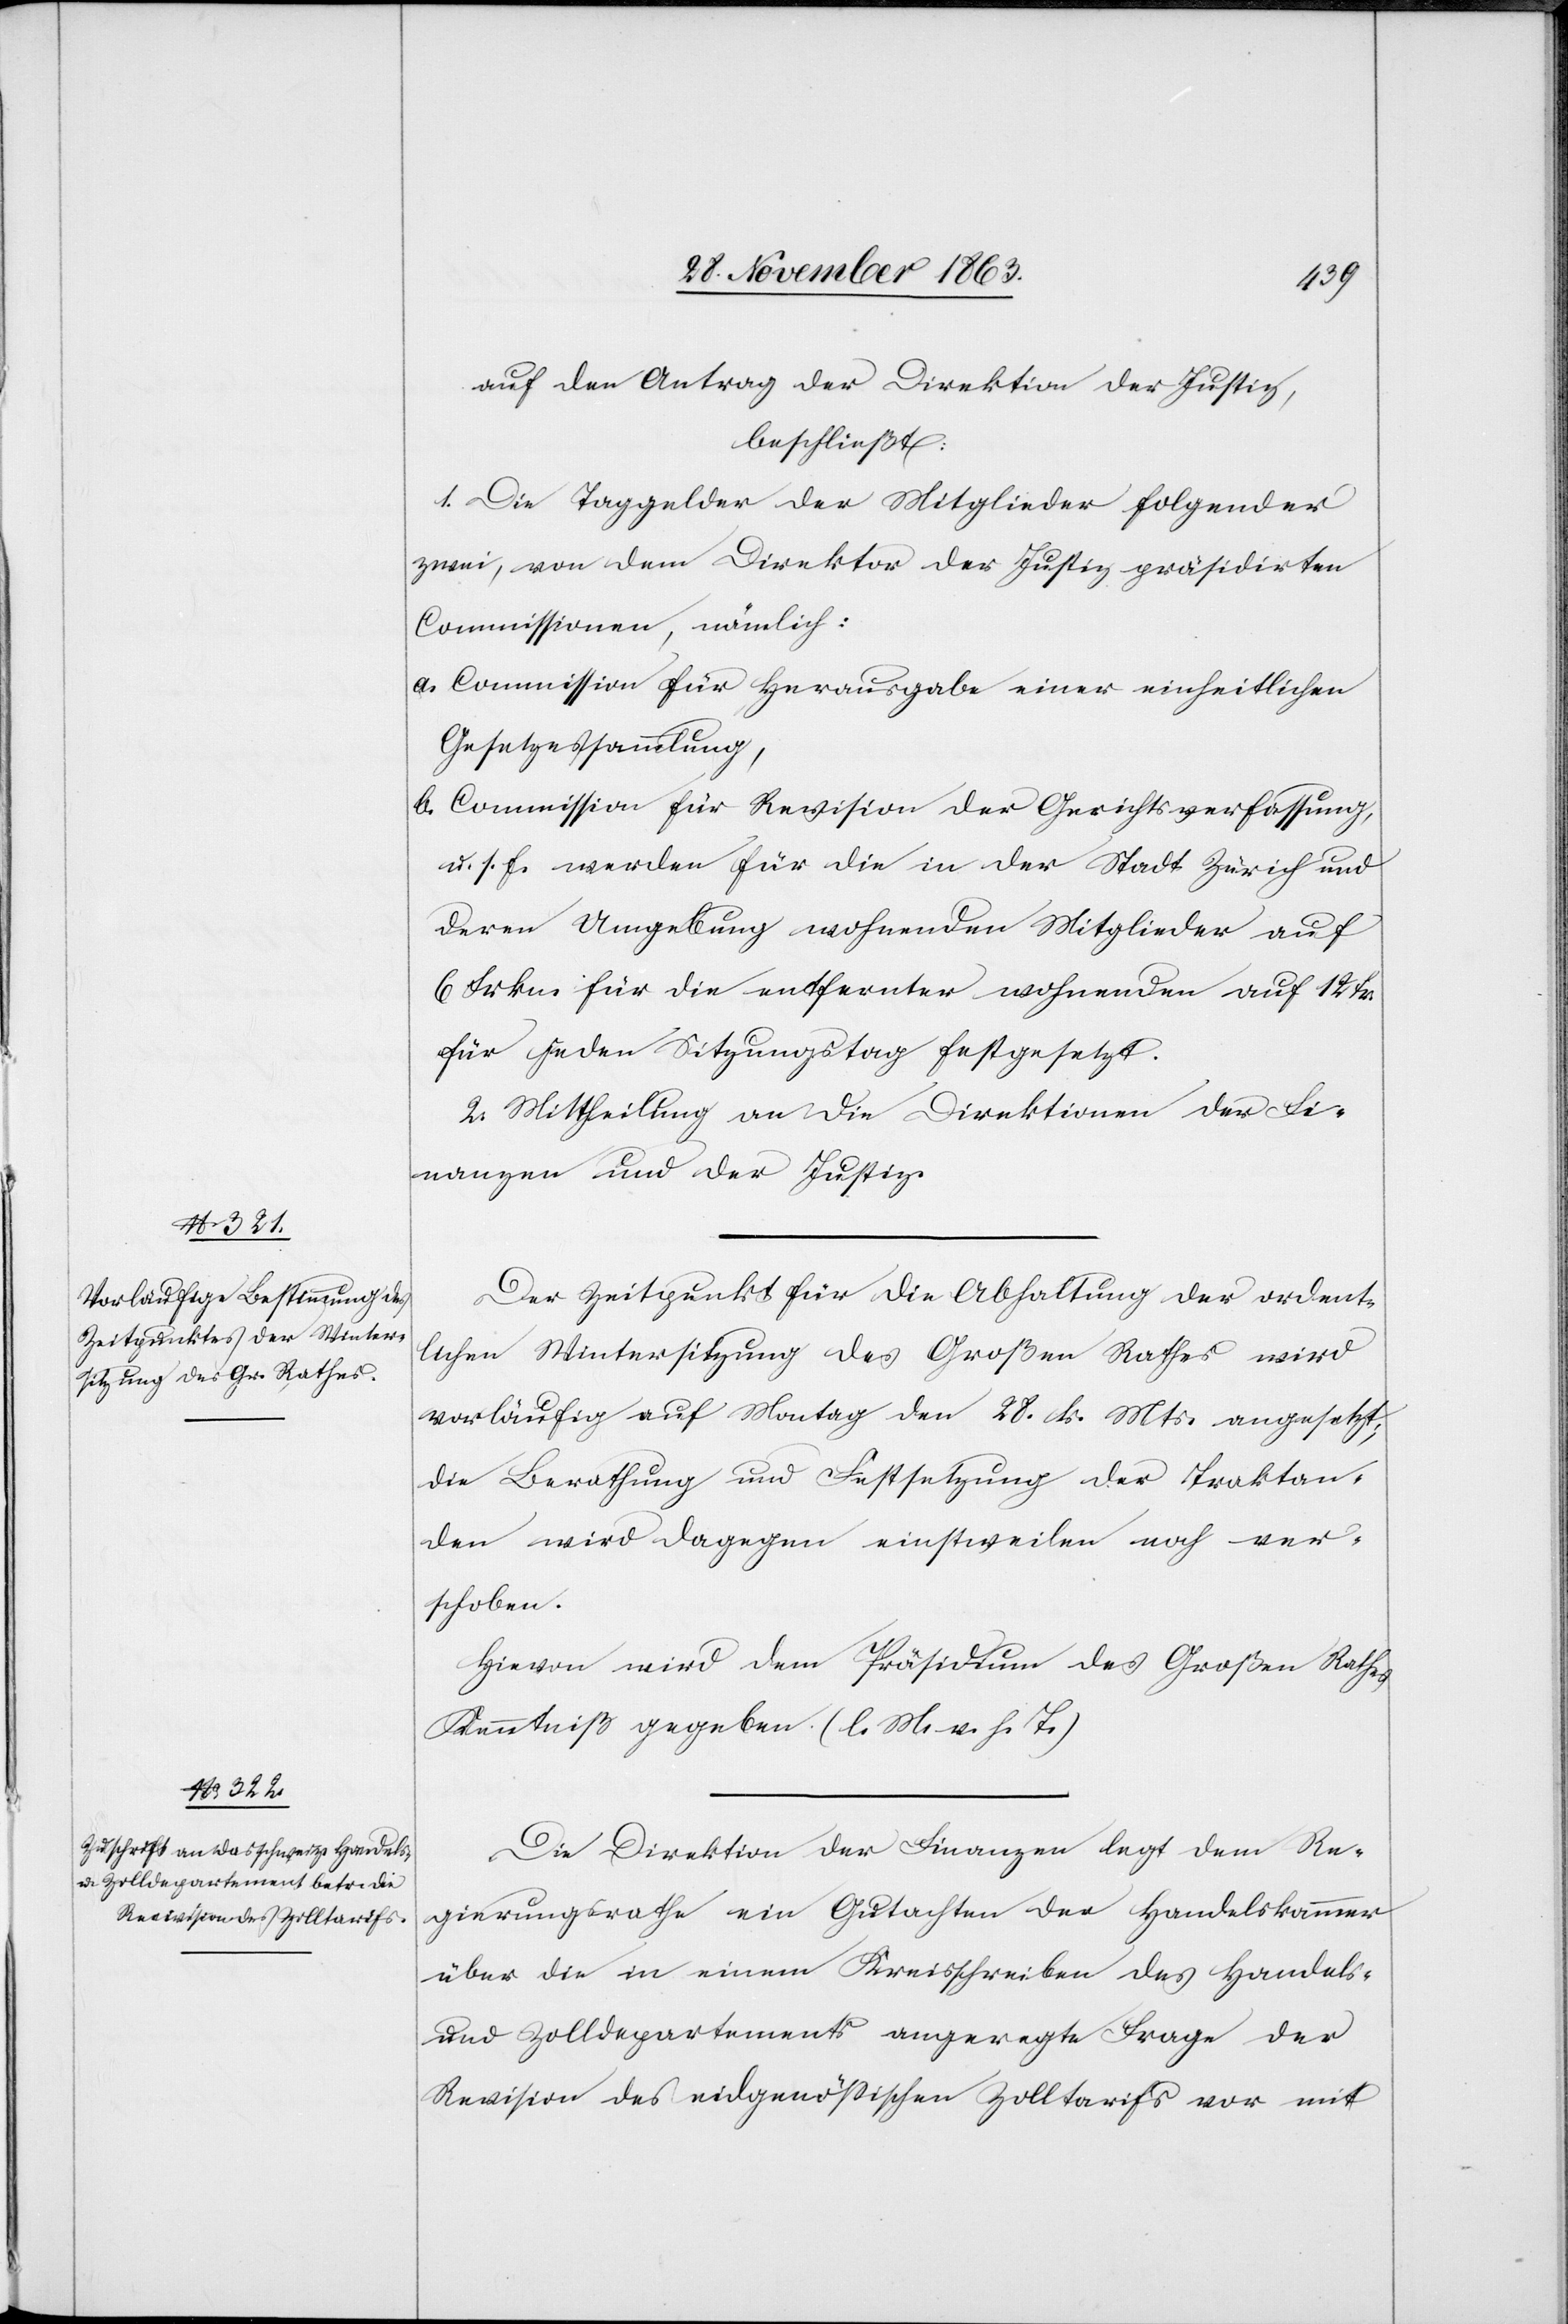
auf den Antrag der Direktion der Justiz,
beschließt:
1. Die Taggelder der Mitglieder folgender
zwei, von dem Direktor der Justiz präsidirten
Commissionen, nämlich:
a. Commission für Herausgabe einer einheitlichen
Gesetzessammlung,
b. Commission für Revision der Gerichtsverfassung,
u. s. f. werden für die in der Stadt Zürich und
deren Umgebung wohnenden Mitglieder auf
6 Frkn. für die entfernter wohnenden auf 12 fr.
für jeden Sitzungstag festgesetzt.
2. Mittheilung an die Direktionen der Fi¬
nanzen und der Justiz.
Der Zeitpunkt für die Abhaltung der ordent¬
lichen Wintersitzung des Großen Rathes wird
vorläufig auf Montag den 28. k. Mts. angesetzt;
die Berathung und Festsetzung der Traktan¬
den wird dagegen einstweilen noch ver¬
schoben.
Hievon wird dem Präsidium des Großen Rathes
Kenntniß gegeben. (l. M. v. h. T.)
Die Direktion der Finanzen legt dem Re¬
gierungsrathe ein Gutachten der Handelskammer
über die in einem Kreisschreiben des Handels-
und Zolldepartements angeregte Frage der
Revision des eidgenössischen Zolltarifs vor mit